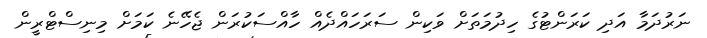
ނަރުދަމާ އަދި ކަރަންޓުގެ ހިދުމަތަށް ވަކިން ސަރަހައްދެއް ހާއްސަކުރަން ޖެހޭނެ ކަމަށް މިނިސްޓްރީން